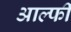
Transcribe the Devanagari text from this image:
आल्फी